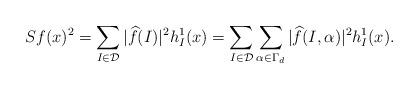
LaTeX: \begin{align*} Sf(x)^2 = \sum_{I \in \mathcal{D}} | \widehat{f}(I) |^2 h^1_I(x) = \sum_{I \in \mathcal{D}} \sum_{\alpha \in \Gamma_d} | \widehat{f}(I, \alpha) |^2 h^1_I(x) . \end{align*}